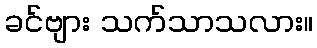
ခင်ဗျား သက်သာသလား။